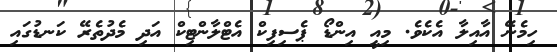
ހިމެނޭ އާއިލާ އެކެވެ. މިއީ އިންޑޯ ޕެސިފިކް އެޓްލާންޓިކް އަދި މެދުތެރޭ ކަނޑުގައި